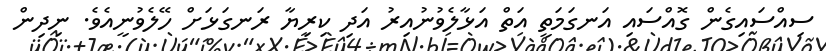
ސިއްސައިގެން ގޮއްސައި އަނގަމަތީ އަތް އަޅާލެވުނުއިރު އަދި ކިރިޔާ ރަނގަޅަށް ހޭލެވުނީއެވެ. ނިދިން